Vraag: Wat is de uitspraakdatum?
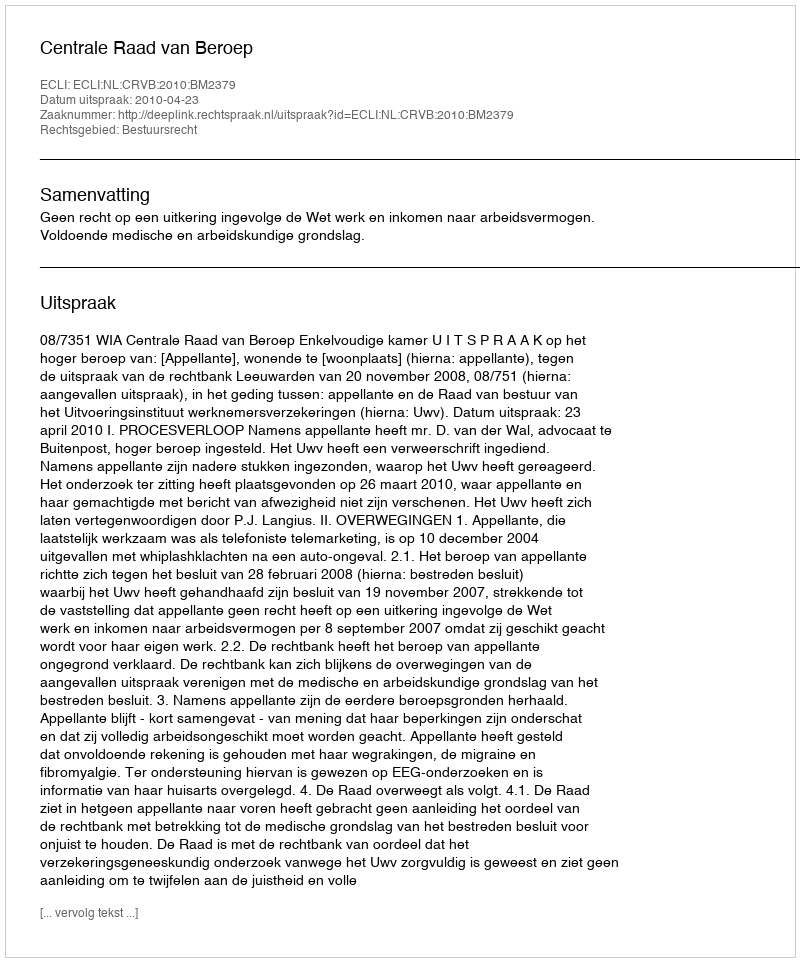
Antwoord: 2010-04-23